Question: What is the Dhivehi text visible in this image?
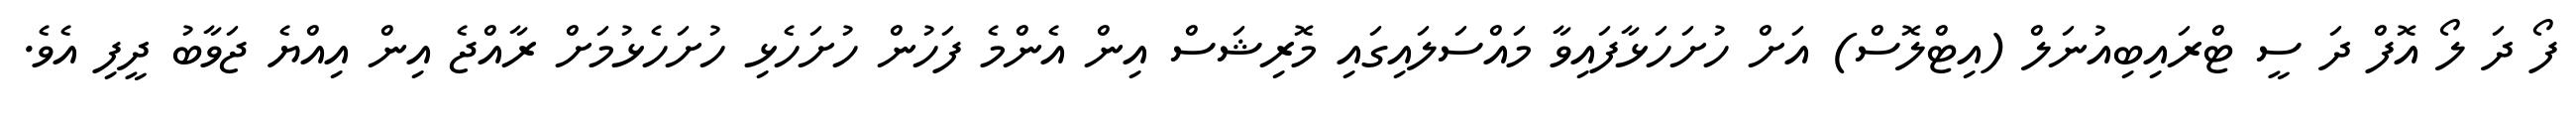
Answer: ފޯ ދަ ލޯ އޮފް ދަ ސީ ޓްރައިބިއުނަލް (އިޓްލޮސް) އަށް ހުށަހަޅާފައިވާ މައްސަލައިގައި މޮރިޝަސް އިން އެންމެ ފަހުން ހުށަހެޅި ހުށަހެޅުމަށް ރާއްޖެ އިން އިއްޔެ ޖަވާބު ދީފި އެވެ.